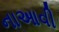
નાઆવી